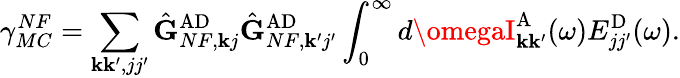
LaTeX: \gamma_{MC}^{NF}=\sum_{\mathbf{k}\mathbf{k}^{\prime},jj^{\prime}}\hat{{\mathbf{{G}}}}_{NF,\mathbf{k}j}^{\mathrm{{AD}}}\hat{{\mathbf{{G}}}}_{NF,\mathbf{k}^{\prime}j^{\prime}}^{\mathrm{{AD}}}\int_{0}^{\infty}d\omegaI_{\mathbf{k}\mathbf{k}^{\prime}}^{\mathrm{{A}}}(\omega)E_{jj^{\prime}}^{\mathrm{{D}}}(\omega).